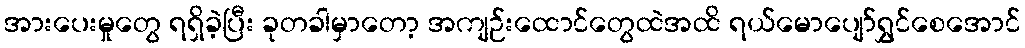
အားပေးမှုတွေ ရရှိခဲ့ပြီး ခုတခါမှာတော့ အကျဉ်းထောင်တွေထဲအထိ ရယ်မောပျော်ရွှင်စေအောင်